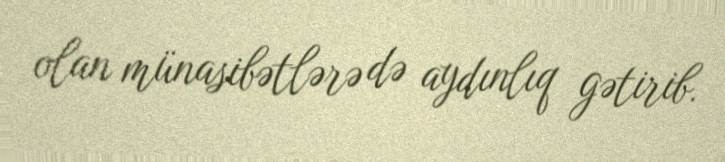
olan münasibətlərə də aydınlıq gətirib.